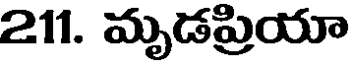
211. మృడప్రియా